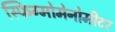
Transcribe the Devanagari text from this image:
स्फिग्मोमेनोमीटर